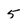
Character: 5